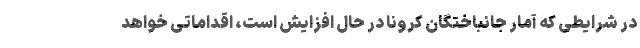
در شرایطی که آمار جانباختگان کرونا در حال افزایش است، اقداماتی خواهد